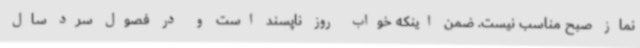
نماز صبح مناسب نیست. ضمن اینکه خواب روز ناپسند است و در فصول سرد سال